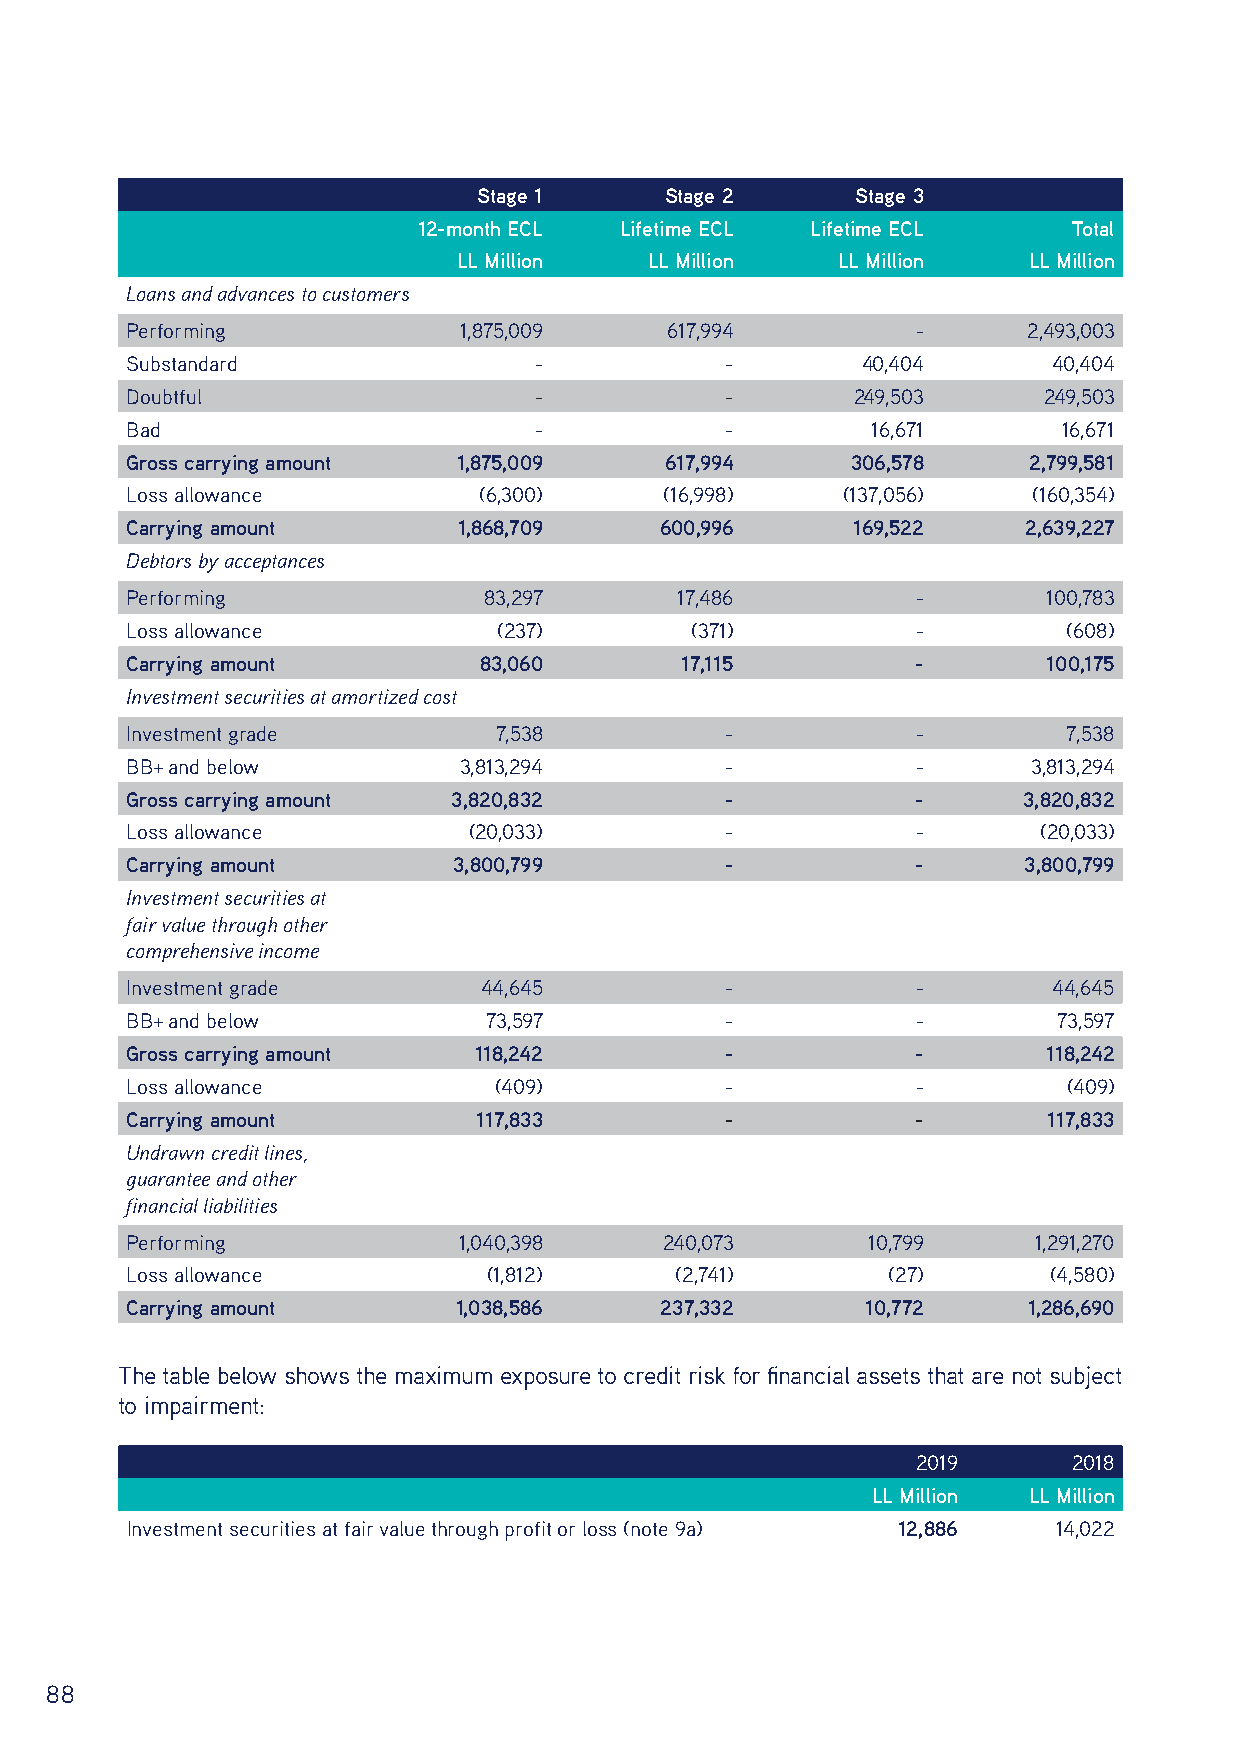
Stage 1     Stage 2      Stage 3
 12-month ECL Lifetime ECL Lifetime ECL     Total
 LL Million   LL Million  LL Million   LL Million
 Loans and advances to customers
 Performing            1,875,009     617,994          -      2,493,003
 Substandard                -            -        40,404       40,404
 Doubtful                   -            -       249,503      249,503
 Bad                        -            -         16,671      16,671
 Gross carrying amount 1,875,009     617,994     306,578     2,799,581
 Loss allowance          (6,300)     (16,998)    (137,056)   (160,354)
 Carrying amount       1,868,709     600,996      169,522    2,639,227
 Debtors by acceptances
 Performing              83,297       17,486          -       100,783
 Loss allowance           (237)        (371)          -         (608)
 Carrying amount         83,060       17,115          -       100,175
 Investment securities at amortized cost
 Investment grade         7,538          -            -         7,538
 BB+ and below         3,813,294         -            -      3,813,294
 Gross carrying amount 3,820,832         -            -      3,820,832
 Loss allowance         (20,033)         -            -       (20,033)
 Carrying amount       3,800,799         -            -      3,800,799
 Investment securities at
 fair value through other
 comprehensive income
 Investment grade        44,645          -            -        44,645
 BB+ and below           73,597          -            -        73,597
 Gross carrying amount  118,242          -            -       118,242
 Loss allowance           (409)          -            -         (409)
 Carrying amount         117,833         -            -       117,833
 Undrawn credit lines,
 guarantee and other
 financial liabilities
 Performing            1,040,398     240,073      10,799      1,291,270
 Loss allowance          (1,812)      (2,741)       (27)       (4,580)
 Carrying amount       1,038,586     237,332      10,772     1,286,690
 The table below shows the maximum exposure to credit risk for financial assets that are not subject
 to impairment:
 2019      2018
 LL Million LL Million
 Investment securities at fair value through profit or loss (note 9a) 12,886 14,022
 88